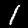
Digit: 1